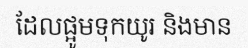
ដែលផ្អូមទុកយូរ និងមាន